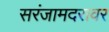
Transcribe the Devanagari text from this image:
सरंजामदरावर